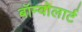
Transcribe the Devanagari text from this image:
बॉम्वोलार्ट